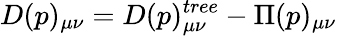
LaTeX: D(p)_{\mu\nu}=D(p)_{\mu\nu}^{tree}-\Pi(p)_{\mu\nu}